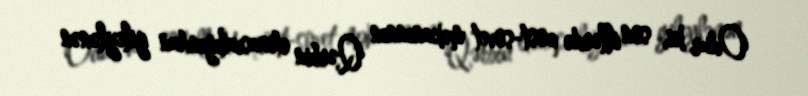
Odur ki, son illərdə post-sovet məkanınnın Qərbin etinasızlığından gileylənən